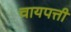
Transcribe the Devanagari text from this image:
चायपत्ती